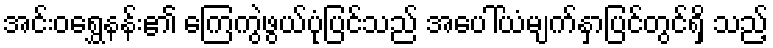
အင်းဝရွှေနန်း၏ ကြေကွဲဖွယ်ပုံပြင်သည် အပေါ်ယံမျက်နှာပြင်တွင်ရှိ သည့်